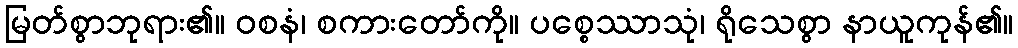
မြတ်စွာဘုရား၏။ ဝစနံ၊ စကားတော်ကို။ ပစ္စေဿာသုံ၊ ရိုသေစွာ နာယူကုန်၏။